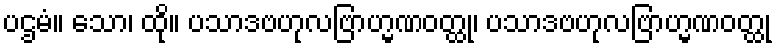
ပဌမံ။ သော၊ ထို။ ပသာဒဗဟုလဗြာဟ္မဏဝတ္ထု၊ ပသာဒဗဟုလဗြာဟ္မဏဝတ္ထု